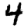
Digit: 4